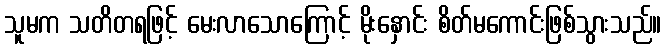
သူမက သတိတရဖြင့် မေးလာသောကြောင့် မိုးနှောင်း စိတ်မကောင်းဖြစ်သွားသည်။